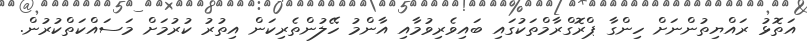
އަތޮޅު ރައްޔިތުންނަށް ހިންގާ ޕްރޮގްރާމްތަކުގައި ބައިވެރިވުމާއި އާންމު ހޭލުންތެރިކަން އިތުރު ކުރުމަށް މަސައްކަތްކުރުން.